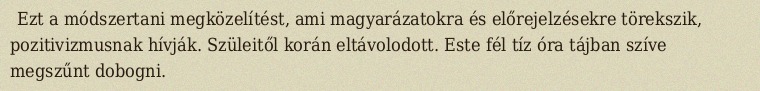
Ezt a módszertani megközelítést, ami magyarázatokra és előrejelzésekre törekszik, pozitivizmusnak hívják. Szüleitől korán eltávolodott. Este fél tíz óra tájban szíve megszűnt dobogni.